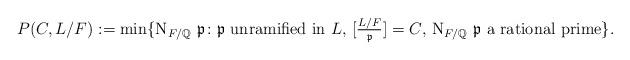
LaTeX: \begin{align*}P(C,L/F):=\min\{ \mathrm{N}_{F/\mathbb{Q}}~\mathfrak{p}\colon \textup{$\mathfrak{p}$ unramified in $L$, $[\tfrac{L/F}{\mathfrak{p}}]=C$, $\mathrm{N}_{F/\mathbb{Q}}~\mathfrak{p}$ a rational prime} \}. \end{align*}